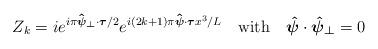
LaTeX: \begin{align*}Z_{k} = i e^{i\pi \mbox{\boldmath$\hat{\scriptstyle\psi}\scriptstyle_{\perp} $}\cdot\mbox{\boldmath$\scriptstyle\tau$}/2} e^{i(2k+1)\pi\mbox{\boldmath$\hat{\scriptstyle\psi} $}\cdot\mbox{\boldmath$\scriptstyle\tau $}x^{3}/L}\quad\mbox{with}\quad\mbox{\boldmath$\hat{\psi}$}\cdot\mbox{\boldmath$\hat{\psi}_{\perp}$} =0 \end{align*}